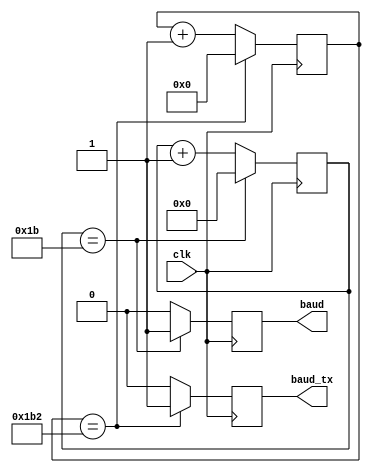
module baud_generator(clk, baud, baud_tx);
	input clk;
	output reg baud, baud_tx;
	parameter max = 50000000/(115200*16);
	parameter max_tx = 50000000/115200;
	
	reg [4:0] count = 0;
	reg [8:0] count_tx = 0;
	
	always @(posedge clk) begin
		if(count == max) begin
			count = 0;
			baud = 1;
		end else begin
			baud = 0;
			count = count + 1;
		end
	end
	
	always @(posedge clk) begin
		if(count_tx == max_tx) begin
			count_tx = 0;
			baud_tx = 1;
		end else begin
			baud_tx = 0;
			count_tx = count_tx + 1;
		end
	end
	
endmodule